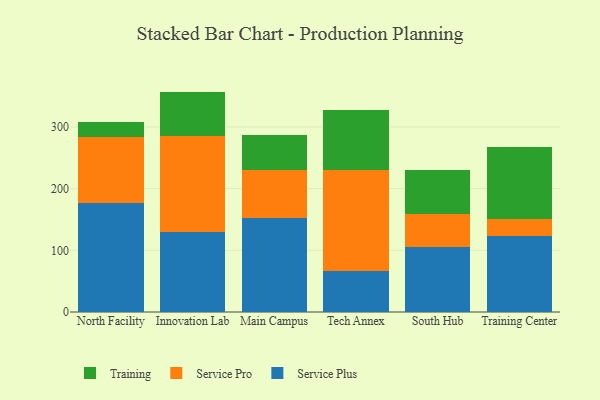
{"axis": {"x": "Campus", "y": "Energy Usage (MWh)"}, "legend": ["Service Plus", "Service Pro", "Training"], "data": [{"x": "North Facility", "y": 177.1, "type": "Service Plus"}, {"x": "North Facility", "y": 106.1, "type": "Service Pro"}, {"x": "North Facility", "y": 24.4, "type": "Training"}, {"x": "Innovation Lab", "y": 130.2, "type": "Service Plus"}, {"x": "Innovation Lab", "y": 155.1, "type": "Service Pro"}, {"x": "Innovation Lab", "y": 72.0, "type": "Training"}, {"x": "Main Campus", "y": 153.1, "type": "Service Plus"}, {"x": "Main Campus", "y": 76.4, "type": "Service Pro"}, {"x": "Main Campus", "y": 57.0, "type": "Training"}, {"x": "Tech Annex", "y": 67.1, "type": "Service Plus"}, {"x": "Tech Annex", "y": 163.4, "type": "Service Pro"}, {"x": "Tech Annex", "y": 96.6, "type": "Training"}, {"x": "South Hub", "y": 106.0, "type": "Service Plus"}, {"x": "South Hub", "y": 53.1, "type": "Service Pro"}, {"x": "South Hub", "y": 71.6, "type": "Training"}, {"x": "Training Center", "y": 122.5, "type": "Service Plus"}, {"x": "Training Center", "y": 28.4, "type": "Service Pro"}, {"x": "Training Center", "y": 116.2, "type": "Training"}]}